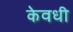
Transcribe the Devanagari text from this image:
केवधी